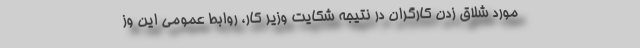
مورد شلاق زدن کارگران در نتیجه شکایت وزیر کار، روابط عمومی این وز